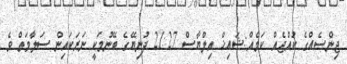
ޖިންސެއްގެ ކުއްޖެއް ކަމެއް:ޝައިޚް އިލްޔާސް 21:27 ދުނިޔޭގެ ބޭނުމަކީ ނަރަކައިން ސަލާމަތް ވެ